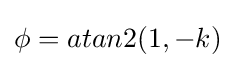
\phi =atan2(1,-k)